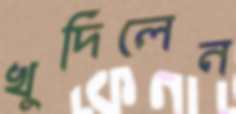
খুদিলেন